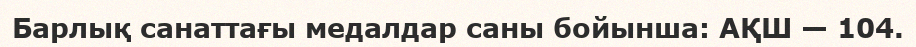
Барлық санаттағы медалдар саны бойынша: АҚШ — 104.